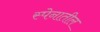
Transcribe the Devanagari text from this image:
स्पेनातील